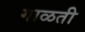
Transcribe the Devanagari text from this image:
गाळती